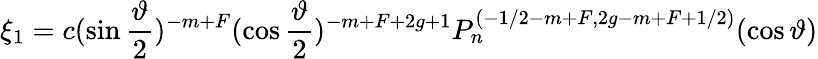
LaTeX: \xi_{1}=c(\sin\frac\vartheta 2)^{-m+F}(\cos\frac\vartheta 2)^{-m+F+2g+1}P_{n}^{(-1/2-m+F,2g-m+F+1/2)}(\cos\vartheta)